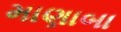
માણાબા